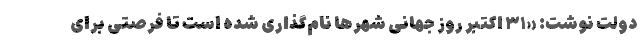
دولت نوشت: «۳۱ اکتبر روز جهانی شهرها نام‌گذاری شده است تا فرصتی برای